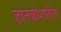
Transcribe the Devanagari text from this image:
ज्ञानकोशांतील